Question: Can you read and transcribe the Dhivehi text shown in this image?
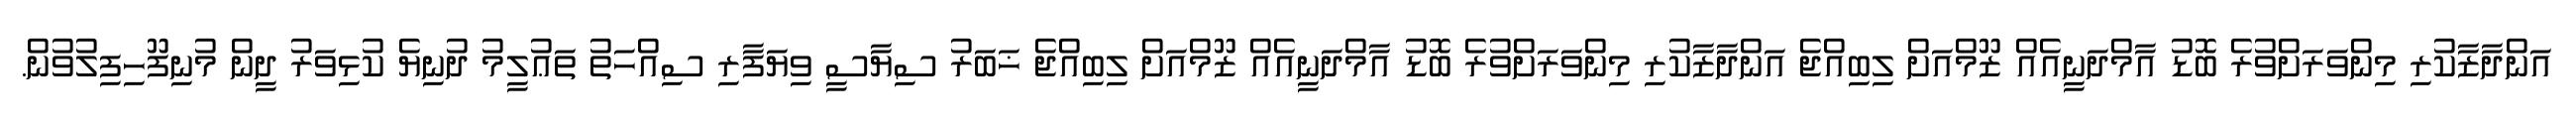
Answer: އަންދާޒާކުރި މިންވަރަށްވުރެ ބޮޑު އާމްދަނީއެއް ޒޫމްއަށް ލިބިއްޖެ އަންދާޒާކުރި މިންވަރަށްވުރެ ބޮޑު އާމްދަނީއެއް ޒޫމްއަށް ލިބިއްޖެ ޚަބަރު ސިޔާސީ ވިޔަފާރި ސިއްހަތު ތަޢުލީމު ދުނިޔެ ކުޅިވަރު ދީން މުނިފޫހިފިލުވުން.